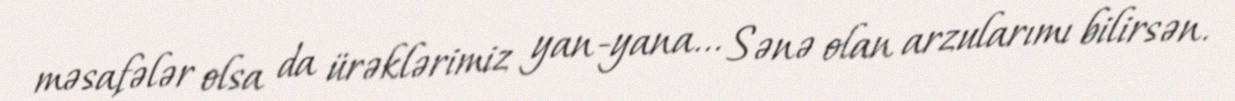
məsafələr olsa da ürəklərimiz yan-yana... Sənə olan arzularımı bilirsən.